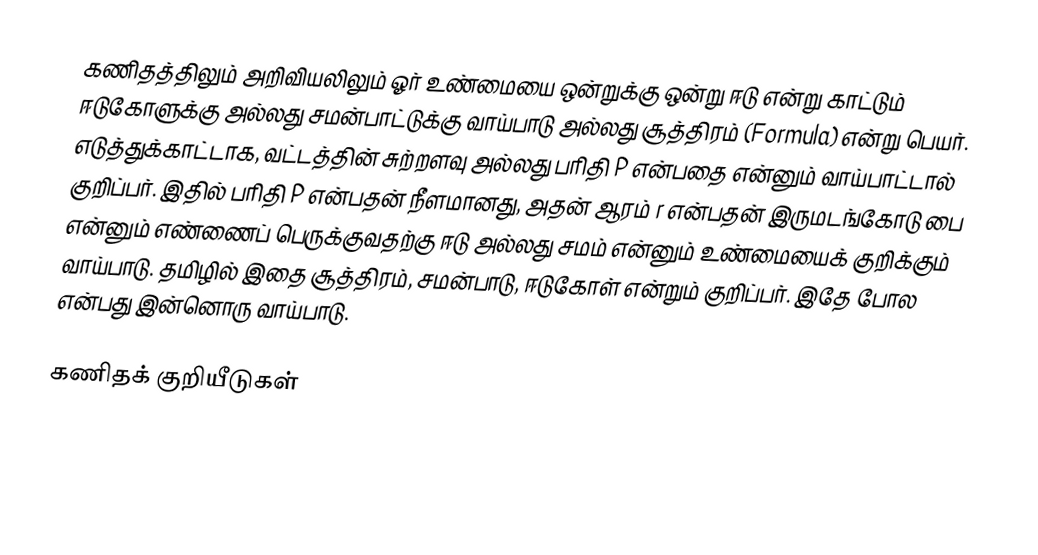
கணிதத்திலும் அறிவியலிலும் ஓர் உண்மையை ஒன்றுக்கு ஒன்று ஈடு என்று காட்டும் ஈடுகோளுக்கு அல்லது சமன்பாட்டுக்கு வாய்பாடு அல்லது சூத்திரம் (Formula) என்று பெயர். எடுத்துக்காட்டாக, வட்டத்தின் சுற்றளவு அல்லது பரிதி P என்பதை  என்னும் வாய்பாட்டால் குறிப்பர். இதில் பரிதி P என்பதன் நீளமானது, அதன் ஆரம் r என்பதன் இருமடங்கோடு பை என்னும் எண்ணைப் பெருக்குவதற்கு ஈடு அல்லது சமம் என்னும் உண்மையைக் குறிக்கும் வாய்பாடு. தமிழில் இதை சூத்திரம், சமன்பாடு, ஈடுகோள் என்றும் குறிப்பர். இதே போல  என்பது இன்னொரு வாய்பாடு.

கணிதக் குறியீடுகள்